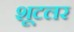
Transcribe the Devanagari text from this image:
शूटलर